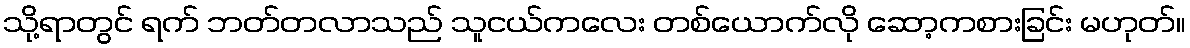
သို့ရာတွင် ရက် ဘတ်တလာသည် သူငယ်ကလေး တစ်ယောက်လို ဆော့ကစားခြင်း မဟုတ်။